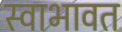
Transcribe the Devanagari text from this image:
स्वाभावत